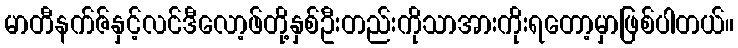
မာတီနက်ဇ်နှင့်လင်ဒီလော့ဖ်တို့နှစ်ဦးတည်းကိုသာအားကိုးရတော့မှာဖြစ်ပါတယ်။